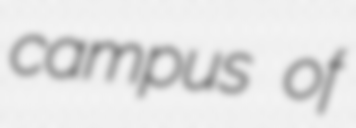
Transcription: campus of